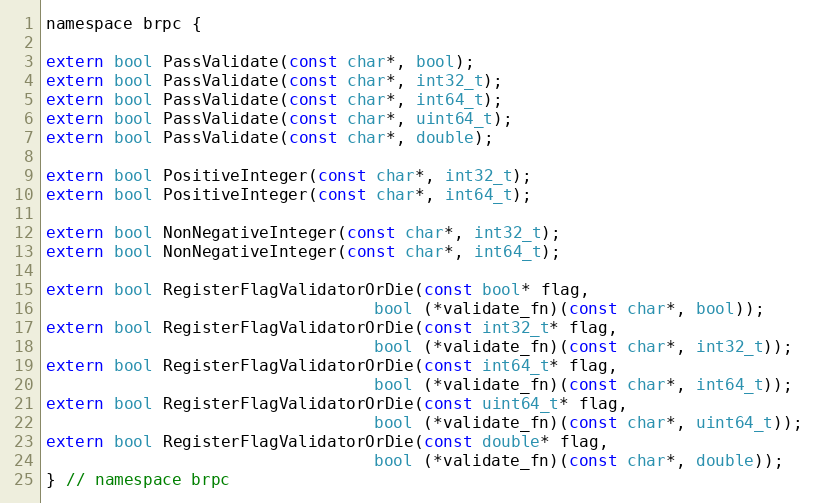
Language: C
namespace brpc {

extern bool PassValidate(const char*, bool);
extern bool PassValidate(const char*, int32_t);
extern bool PassValidate(const char*, int64_t);
extern bool PassValidate(const char*, uint64_t);
extern bool PassValidate(const char*, double);

extern bool PositiveInteger(const char*, int32_t);
extern bool PositiveInteger(const char*, int64_t);

extern bool NonNegativeInteger(const char*, int32_t);
extern bool NonNegativeInteger(const char*, int64_t);

extern bool RegisterFlagValidatorOrDie(const bool* flag,
                                  bool (*validate_fn)(const char*, bool));
extern bool RegisterFlagValidatorOrDie(const int32_t* flag,
                                  bool (*validate_fn)(const char*, int32_t));
extern bool RegisterFlagValidatorOrDie(const int64_t* flag,
                                  bool (*validate_fn)(const char*, int64_t));
extern bool RegisterFlagValidatorOrDie(const uint64_t* flag,
                                  bool (*validate_fn)(const char*, uint64_t));
extern bool RegisterFlagValidatorOrDie(const double* flag,
                                  bool (*validate_fn)(const char*, double));
} // namespace brpc